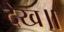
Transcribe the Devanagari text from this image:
देख॥